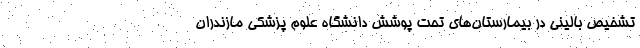
تشخیص بالینی در بیمارستان‌های تحت پوشش دانشگاه علوم پزشکی مازندران